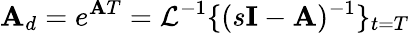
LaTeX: \mathbf{A}_{d}=e^{\mathbf{A}T}={\mathcal{L}}^{-1}\{ (s\mathbf{I}-\mathbf{A})^{-1}\} _{t=T}